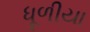
ધૂળીયા